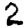
Digit: 2